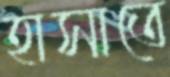
হাসাতে